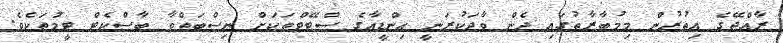
ރާއްޖޭގެ އިތުރުން މިމުބާރާތުގައި ދެން ވާދަކުރަނީ އިންޑީއާގެ ސްޓޭޓްތަކަށް ނިސްބަތްވާ ބާސްކެޓް ޓީމުތަކެވެ.